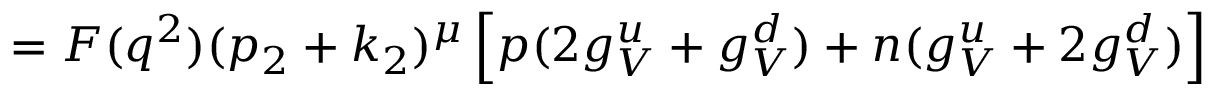
= F ( q ^ { 2 } ) ( p _ { 2 } + k _ { 2 } ) ^ { \mu } \left[ p ( 2 g _ { V } ^ { u } + g _ { V } ^ { d } ) + n ( g _ { V } ^ { u } + 2 g _ { V } ^ { d } ) \right]